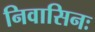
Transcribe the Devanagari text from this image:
निवासिनः